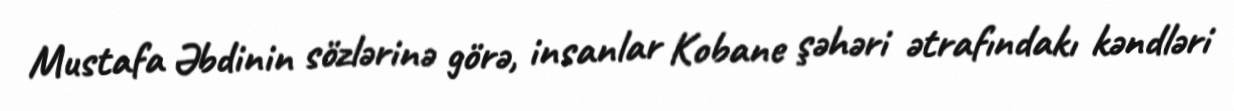
Mustafa Əbdinin sözlərinə görə, insanlar Kobane şəhəri ətrafındakı kəndləri